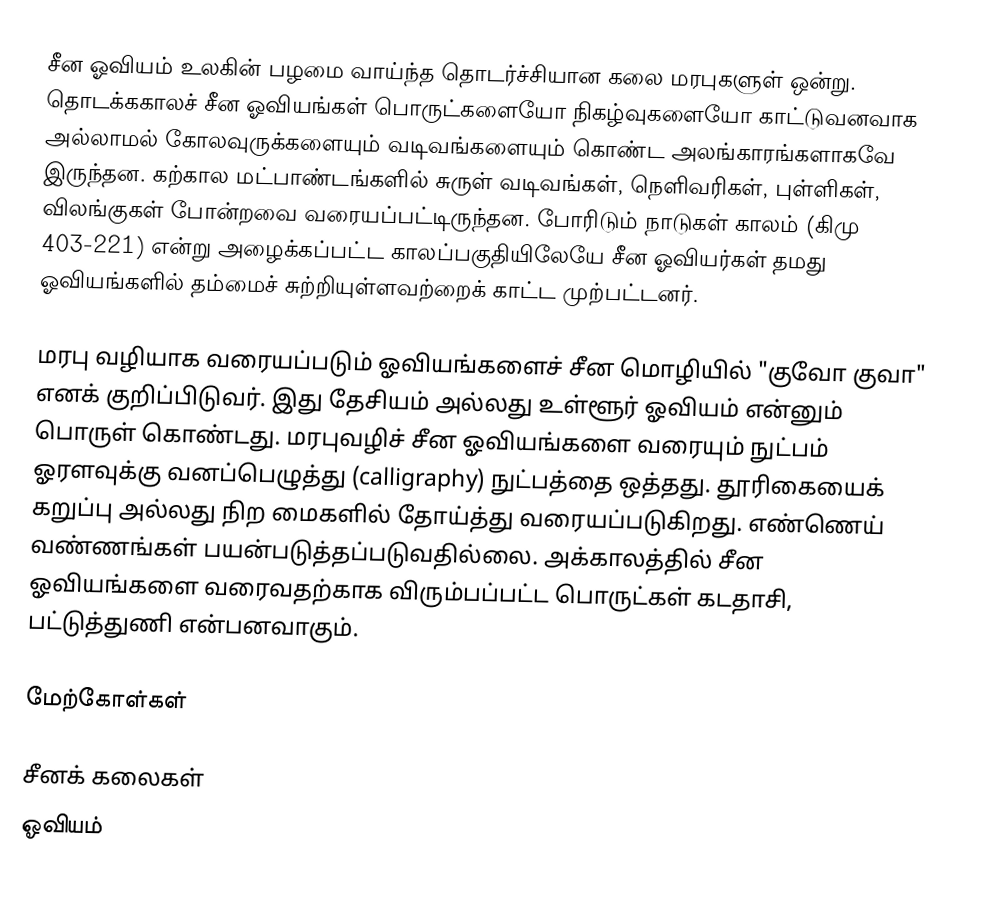
சீன ஓவியம் உலகின் பழமை வாய்ந்த தொடர்ச்சியான கலை மரபுகளுள் ஒன்று. தொடக்ககாலச் சீன ஓவியங்கள் பொருட்களையோ நிகழ்வுகளையோ காட்டுவனவாக அல்லாமல் கோலவுருக்களையும் வடிவங்களையும் கொண்ட அலங்காரங்களாகவே இருந்தன. கற்கால மட்பாண்டங்களில் சுருள் வடிவங்கள், நெளிவரிகள், புள்ளிகள், விலங்குகள் போன்றவை வரையப்பட்டிருந்தன. போரிடும் நாடுகள் காலம் (கிமு 403-221) என்று அழைக்கப்பட்ட காலப்பகுதியிலேயே சீன ஓவியர்கள் தமது ஓவியங்களில் தம்மைச் சுற்றியுள்ளவற்றைக் காட்ட முற்பட்டனர்.

மரபு வழியாக வரையப்படும் ஓவியங்களைச் சீன மொழியில் "குவோ குவா" எனக் குறிப்பிடுவர். இது தேசியம் அல்லது உள்ளூர் ஓவியம் என்னும் பொருள் கொண்டது. மரபுவழிச் சீன ஓவியங்களை வரையும் நுட்பம் ஓரளவுக்கு வனப்பெழுத்து (calligraphy) நுட்பத்தை ஒத்தது. தூரிகையைக் கறுப்பு அல்லது நிற மைகளில் தோய்த்து வரையப்படுகிறது. எண்ணெய் வண்ணங்கள் பயன்படுத்தப்படுவதில்லை. அக்காலத்தில் சீன ஓவியங்களை வரைவதற்காக விரும்பப்பட்ட பொருட்கள் கடதாசி, பட்டுத்துணி என்பனவாகும்.

மேற்கோள்கள்

சீனக் கலைகள்
ஓவியம்